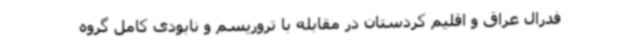
فدرال عراق و اقلیم کردستان در مقابله با تروریسم و نابودی کامل گروه